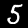
Label: 5